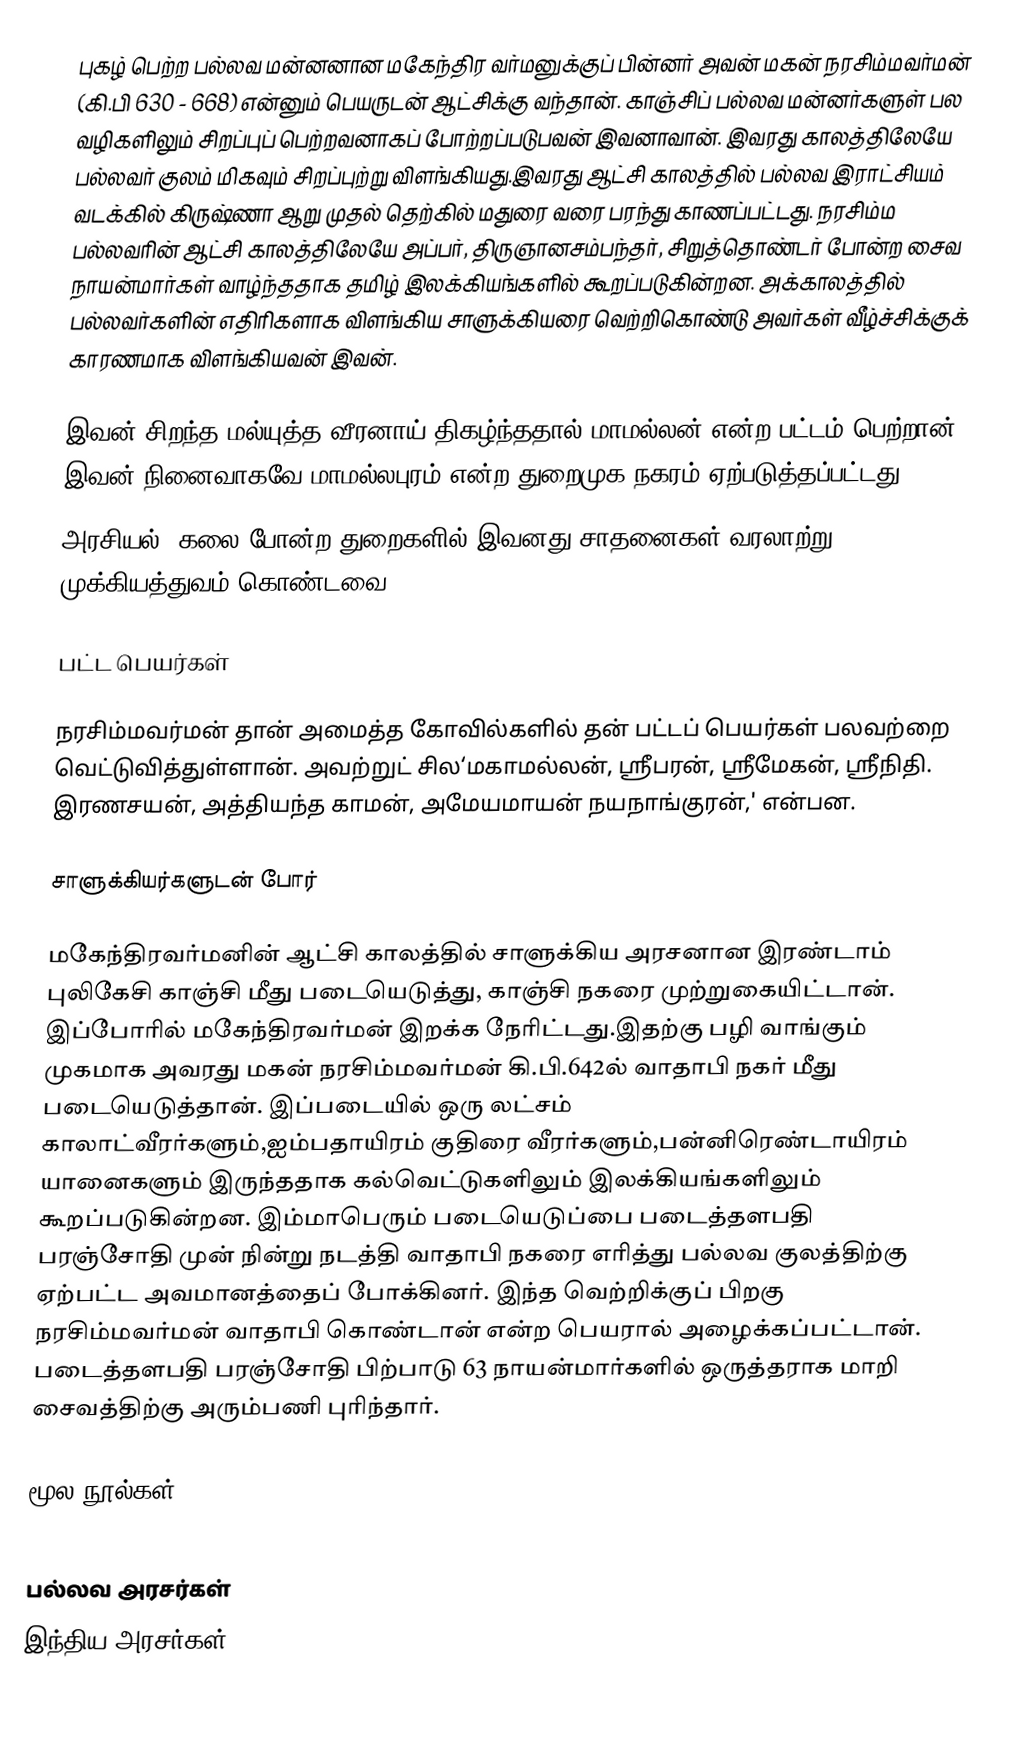
புகழ் பெற்ற பல்லவ மன்னனான மகேந்திர வர்மனுக்குப் பின்னர் அவன் மகன் நரசிம்மவர்மன் (கி.பி 630 - 668) என்னும் பெயருடன் ஆட்சிக்கு வந்தான். காஞ்சிப் பல்லவ மன்னர்களுள் பல வழிகளிலும் சிறப்புப் பெற்றவனாகப் போற்றப்படுபவன் இவனாவான். இவரது காலத்திலேயே பல்லவர் குலம் மிகவும் சிறப்புற்று விளங்கியது.இவரது ஆட்சி காலத்தில் பல்லவ இராட்சியம்  வடக்கில் கிருஷ்ணா ஆறு முதல் தெற்கில் மதுரை வரை பரந்து காணப்பட்டது.  நரசிம்ம பல்லவரின் ஆட்சி காலத்திலேயே அப்பர், திருஞானசம்பந்தர், சிறுத்தொண்டர் போன்ற  சைவ நாயன்மார்கள் வாழ்ந்ததாக தமிழ் இலக்கியங்களில் கூறப்படுகின்றன. அக்காலத்தில் பல்லவர்களின் எதிரிகளாக விளங்கிய சாளுக்கியரை வெற்றிகொண்டு அவர்கள் வீழ்ச்சிக்குக் காரணமாக விளங்கியவன் இவன்.

இவன் சிறந்த மல்யுத்த வீரனாய் திகழ்ந்ததால் மாமல்லன் என்ற பட்டம் பெற்றான். இவன் நினைவாகவே மாமல்லபுரம் என்ற துறைமுக நகரம் ஏற்படுத்தப்பட்டது.
அரசியல், கலை போன்ற துறைகளில் இவனது சாதனைகள் வரலாற்று முக்கியத்துவம் கொண்டவை.

பட்ட பெயர்கள்

நரசிம்மவர்மன் தான் அமைத்த கோவில்களில் தன் பட்டப் பெயர்கள் பலவற்றை வெட்டுவித்துள்ளான். அவற்றுட் சில‘மகாமல்லன், ஸ்ரீபரன், ஸ்ரீமேகன், ஸ்ரீநிதி. இரணசயன், அத்தியந்த காமன், அமேயமாயன் நயநாங்குரன்,' என்பன.

சாளுக்கியர்களுடன் போர்

மகேந்திரவர்மனின் ஆட்சி காலத்தில் சாளுக்கிய அரசனான இரண்டாம் புலிகேசி காஞ்சி மீது படையெடுத்து, காஞ்சி நகரை முற்றுகையிட்டான். இப்போரில் மகேந்திரவர்மன் இறக்க நேரிட்டது.இதற்கு பழி வாங்கும் முகமாக அவரது மகன் நரசிம்மவர்மன் கி.பி.642ல் வாதாபி நகர் மீது படையெடுத்தான். இப்படையில் ஒரு லட்சம் காலாட்வீரர்களும்,ஐம்பதாயிரம் குதிரை வீரர்களும்,பன்னிரெண்டாயிரம் யானைகளும் இருந்ததாக கல்வெட்டுகளிலும் இலக்கியங்களிலும் கூறப்படுகின்றன. இம்மாபெரும் படையெடுப்பை படைத்தளபதி  பரஞ்சோதி முன் நின்று நடத்தி  வாதாபி நகரை எரித்து  பல்லவ குலத்திற்கு ஏற்பட்ட அவமானத்தைப் போக்கினர். இந்த வெற்றிக்குப் பிறகு நரசிம்மவர்மன் வாதாபி கொண்டான் என்ற பெயரால் அழைக்கப்பட்டான். படைத்தளபதி பரஞ்சோதி பிற்பாடு 63 நாயன்மார்களில் ஒருத்தராக மாறி சைவத்திற்கு அரும்பணி புரிந்தார்.

மூல நூல்கள்

பல்லவ அரசர்கள்
இந்திய அரசர்கள்